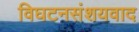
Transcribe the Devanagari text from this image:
विघटनसंशयवाद